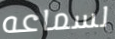
لسماعه